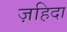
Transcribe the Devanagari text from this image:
ज़हिदा